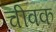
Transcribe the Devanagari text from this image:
चीवक